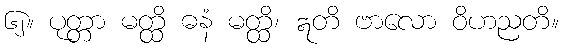
၆၂။ ပုတ္တာ မတ္ထိ ဓနံ မတ္ထိ၊ ဣတိ ဗာလော ဝိဟညတိ။